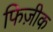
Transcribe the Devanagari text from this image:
फिज़ीक